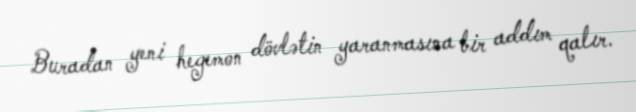
Buradan yeni hegemon dövlətin yaranmasına bir addım qalır.